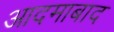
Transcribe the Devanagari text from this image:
आदमाबाद